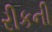
રીકની